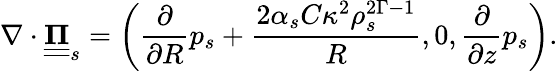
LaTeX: \nabla\cdot\underline{{\underline{{\mathbf{\Pi}}}}}_{s}=\left(\frac{\partial}{\partial R}p_{s}+\frac{2\alpha_{s}C\kappa^{2}\rho_{s}^{2\Gamma-1}}{R},0,\frac{\partial}{\partial z}p_{s}\right).